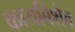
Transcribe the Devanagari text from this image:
कायबिशेव